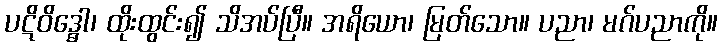
ပဋိဝိဒ္ဓေါ၊ ထိုးထွင်း၍ သိအပ်ပြီ။ အရိယော၊ မြတ်သော။ ပညာ၊ မဂ်ပညာကို။